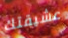
عشيقتك